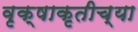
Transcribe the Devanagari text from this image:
वृक्षाकृतीच्या